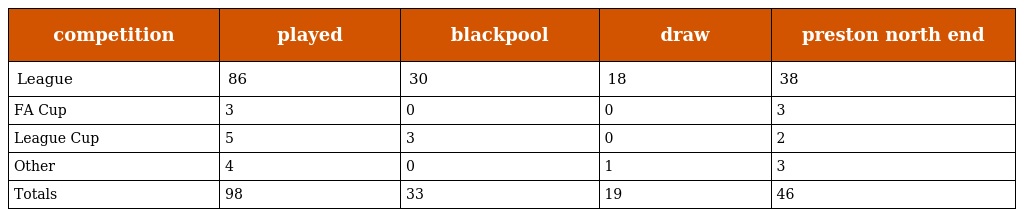
| competition | played | blackpool | draw | preston north end |
 | --- | --- | --- | --- | --- |
 | League | 86 | 30 | 18 | 38 |
 | FA Cup | 3 | 0 | 0 | 3 |
 | League Cup | 5 | 3 | 0 | 2 |
 | Other | 4 | 0 | 1 | 3 |
 | Totals | 98 | 33 | 19 | 46 |